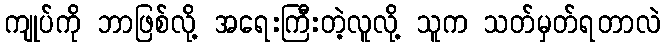
ကျုပ်ကို ဘာဖြစ်လို့ အရေးကြီးတဲ့လူလို့ သူက သတ်မှတ်ရတာလဲ